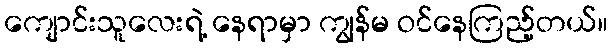
ကျောင်းသူလေးရဲ့ နေရာမှာ ကျွန်မ ဝင်နေကြည့်တယ်။